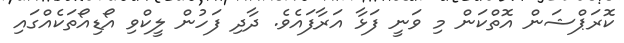
ކޮރަޕްޝަން އޮތްކަން މި ވަނީ ފަޅާ އަރާފައެވެ. ދާދި ފަހުން ލީކްވި އޯޑިއޯތަކެއްގައި